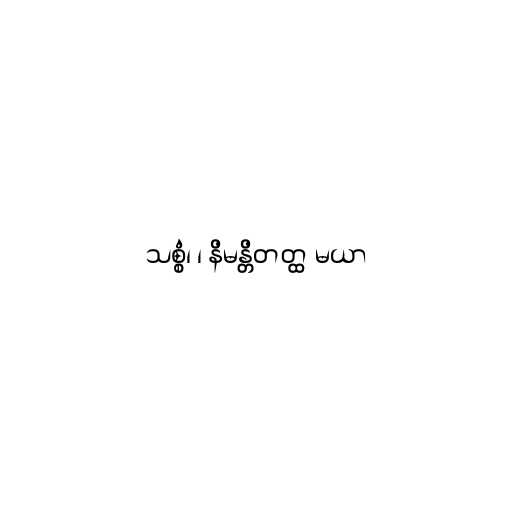
သစ္စံ၊ ၊ နိမန္တိတတ္ထ မယာ